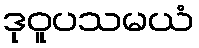
ဒုဝူပသမယံ